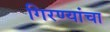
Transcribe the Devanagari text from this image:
गिरण्यांचा